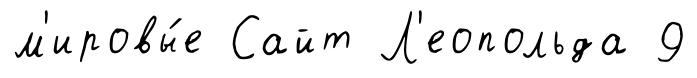
м'ировы́е Сайт Л'еопольда 9